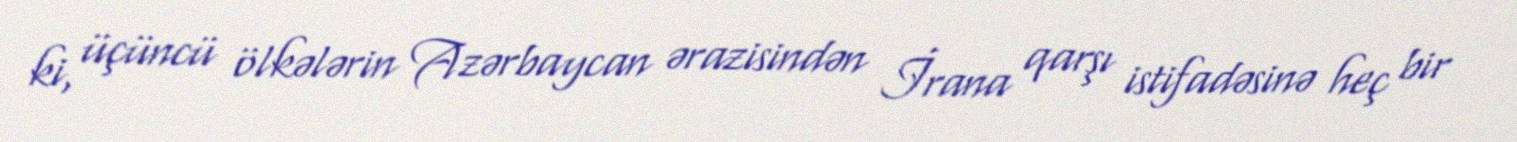
ki, üçüncü ölkələrin Azərbaycan ərazisindən İrana qarşı istifadəsinə heç bir